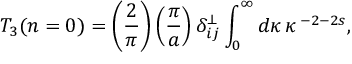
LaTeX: T _ { 3 } ( n = 0 ) = \left( { \frac { 2 } { \pi } } \right) \left( { \frac { \pi } { a } } \right) \delta _ { i j } ^ { \bot } \int _ { 0 } ^ { \infty } d \kappa \, \kappa \, ^ { - 2 - 2 s } ,